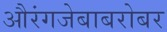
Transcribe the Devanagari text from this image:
औरंगजेबाबरोबर